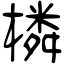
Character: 橉